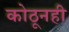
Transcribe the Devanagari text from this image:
कोठूनही